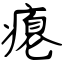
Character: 瘪